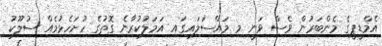
އެމްޑީޕީގެ މެންބަރުން ވެސް ވަނީ މި މައްސަލައިގައި އަމަލުކުރާނެ ގޮތުގެ ހުށަހެޅުމެއް ސުލޫކު